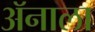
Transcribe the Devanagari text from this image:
ॲनाला